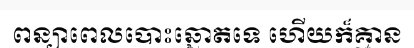
ពន្យាពេលបោះឆ្នោតទេ ហើយក៏គ្មាន